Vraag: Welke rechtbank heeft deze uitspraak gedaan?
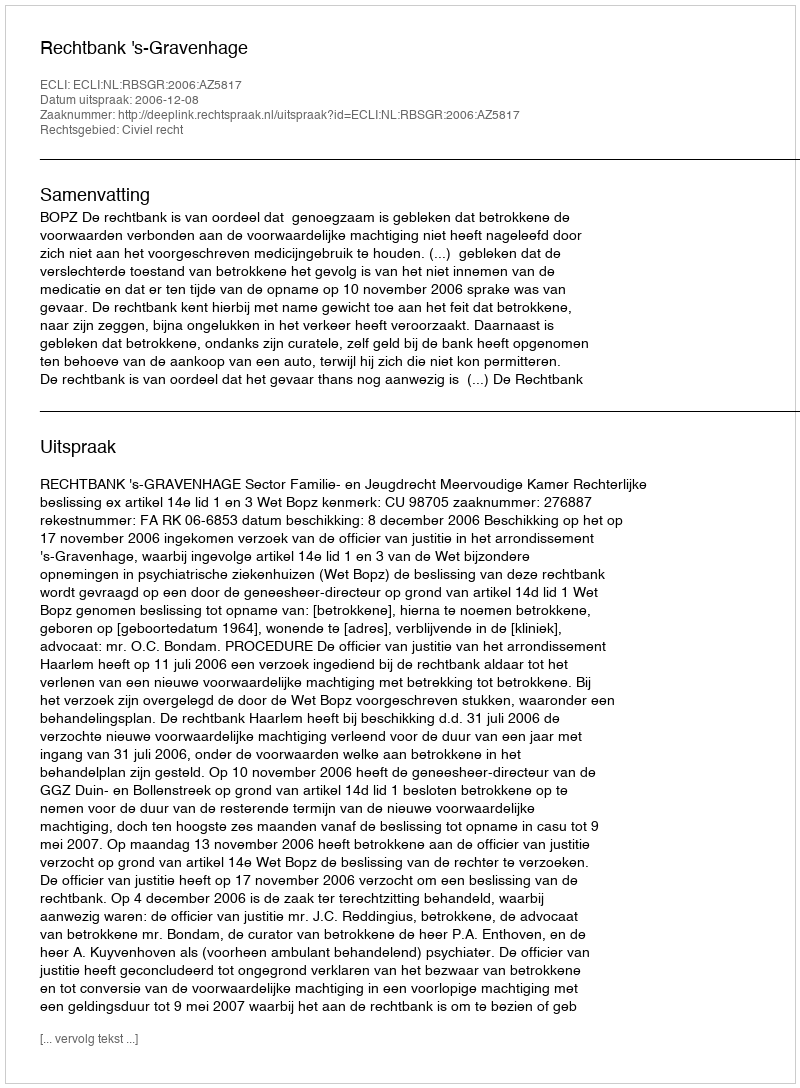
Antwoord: Rechtbank 's-Gravenhage